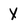
Character: X